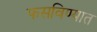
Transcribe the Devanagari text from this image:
फसविण्यात